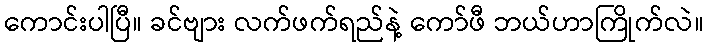
ကောင်းပါပြီ။ ခင်ဗျား လက်ဖက်ရည်နဲ့ ကော်ဖီ ဘယ်ဟာကြိုက်လဲ။